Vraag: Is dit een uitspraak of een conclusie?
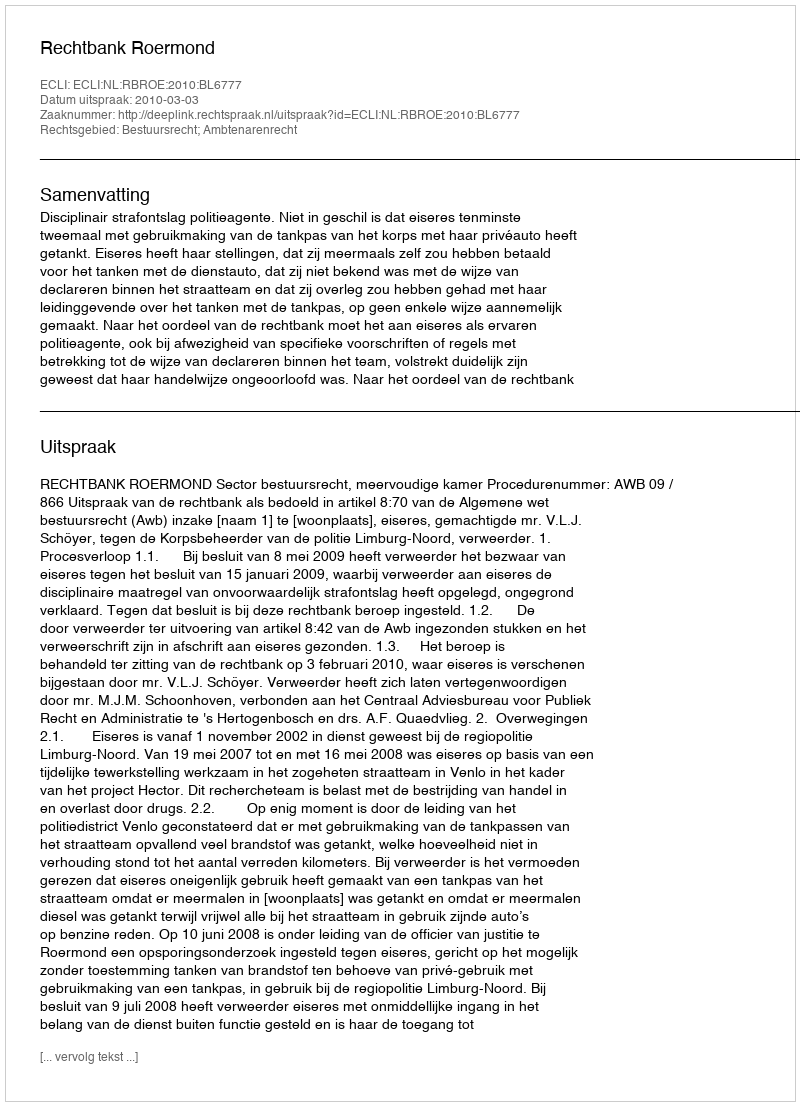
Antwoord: Uitspraak